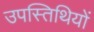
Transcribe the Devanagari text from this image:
उपस्तिथियों